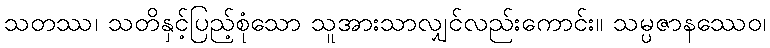
သတဿ၊ သတိနှင့်ပြည့်စုံသော သူအားသာလျှင်လည်းကောင်း။ သမ္ပဇာနဿေဝ၊